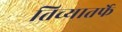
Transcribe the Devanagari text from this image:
तिच्यातर्फे